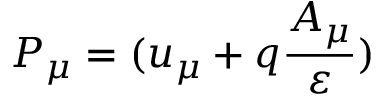
P _ { \mu } = ( u _ { \mu } + q \frac { A _ { \mu } } { \varepsilon } )